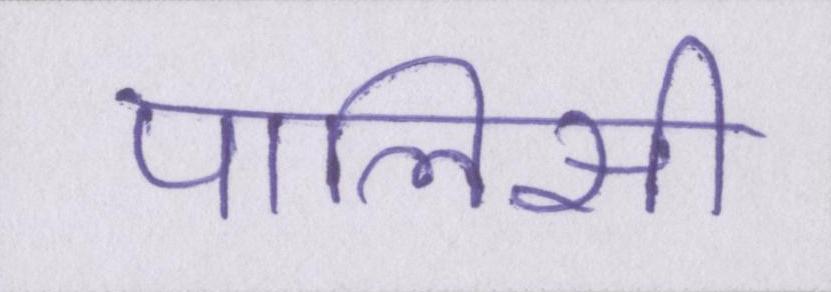
पालिसी